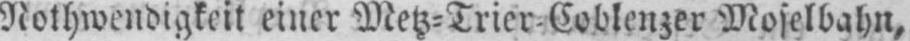
Moselbahn,